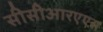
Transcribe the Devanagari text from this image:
सीसीआरएएस